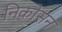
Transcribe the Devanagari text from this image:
निकोसन